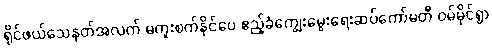
ရိုင်ဖယ်သေနတ်အလက် မကူးစက်နိုင်ပေ ဧည့်ခံကျွေးမွေးရေးဆပ်ကော်မတီ ဝမ်မိုင်ရွာ